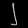
Digit: ၂